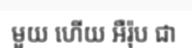
មួយ ហើយ អឺរ៉ុប ជា